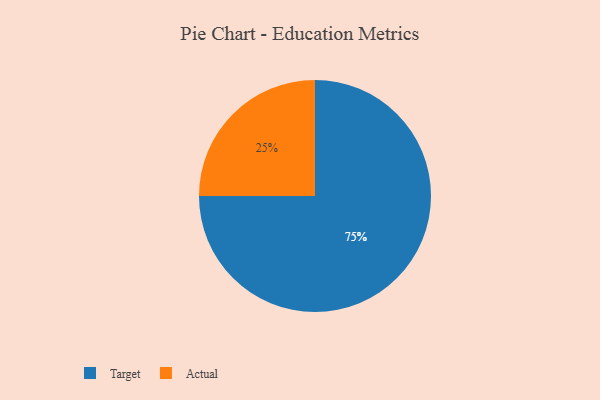
{"axis": {"x": "Category", "y": "Percentage"}, "legend": ["Actual", "Target"], "data": [{"x": "Actual", "y": 25, "type": "Actual"}, {"x": "Target", "y": 75, "type": "Target"}]}